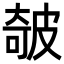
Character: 㿲